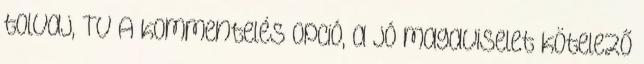
tolvaj, TV A kommentelés opció, a jó magaviselet kötelező